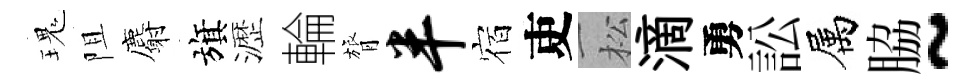
瑰阻麝旗瀝輪膂半宿吏松滴勇訟属脇~